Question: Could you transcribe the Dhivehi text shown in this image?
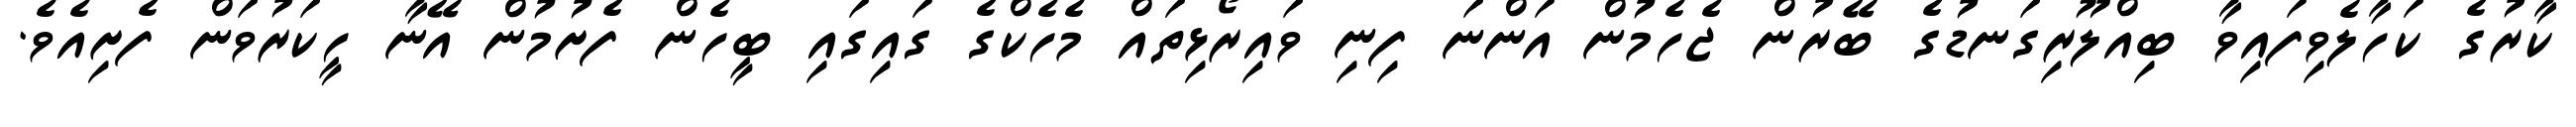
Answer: ކާރުގެ ކަހާލެވިފައިވާ ބިއްލޫރިގަނޑުގެ ބޭރުން ޖެހެމުން އަންނަ ފިނި ވައިރޯޅިތައް މެހެކްގެ ގައިގައި ބީހެން ފެށުމުން އޭނާ ހީކަރުވަން ފެށިއެވެ.